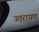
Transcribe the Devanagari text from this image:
उतरायण